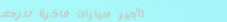
تأجير سيارات فاخرة للرحلا